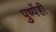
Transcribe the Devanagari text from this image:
पुष्पेंही